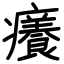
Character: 癢